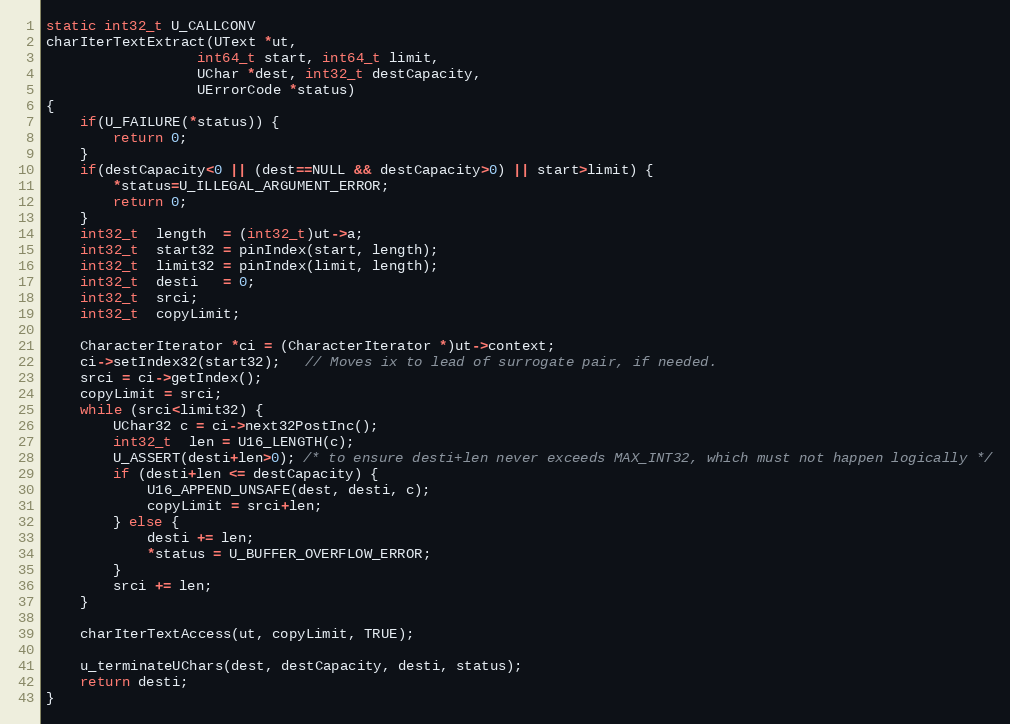
Language: C++
static int32_t U_CALLCONV
charIterTextExtract(UText *ut,
                  int64_t start, int64_t limit,
                  UChar *dest, int32_t destCapacity,
                  UErrorCode *status)
{
    if(U_FAILURE(*status)) {
        return 0;
    }
    if(destCapacity<0 || (dest==NULL && destCapacity>0) || start>limit) {
        *status=U_ILLEGAL_ARGUMENT_ERROR;
        return 0;
    }
    int32_t  length  = (int32_t)ut->a;
    int32_t  start32 = pinIndex(start, length);
    int32_t  limit32 = pinIndex(limit, length);
    int32_t  desti   = 0;
    int32_t  srci;
    int32_t  copyLimit;

    CharacterIterator *ci = (CharacterIterator *)ut->context;
    ci->setIndex32(start32);   // Moves ix to lead of surrogate pair, if needed.
    srci = ci->getIndex();
    copyLimit = srci;
    while (srci<limit32) {
        UChar32 c = ci->next32PostInc();
        int32_t  len = U16_LENGTH(c);
        U_ASSERT(desti+len>0); /* to ensure desti+len never exceeds MAX_INT32, which must not happen logically */
        if (desti+len <= destCapacity) {
            U16_APPEND_UNSAFE(dest, desti, c);
            copyLimit = srci+len;
        } else {
            desti += len;
            *status = U_BUFFER_OVERFLOW_ERROR;
        }
        srci += len;
    }

    charIterTextAccess(ut, copyLimit, TRUE);

    u_terminateUChars(dest, destCapacity, desti, status);
    return desti;
}